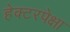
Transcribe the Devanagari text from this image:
हेक्टरपेक्षा